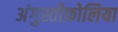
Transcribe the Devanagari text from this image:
अंगुस्तीफ़ोलिया